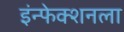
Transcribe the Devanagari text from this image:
इंन्फेक्शनला